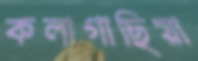
কলাগাছিয়া